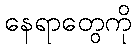
နေရာတွေကို